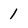
Character: 1